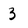
Character: 3